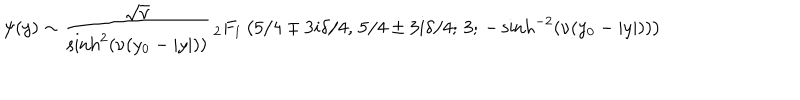
\psi ( y ) \sim \frac { \sqrt { \nu } } { \sinh ^ { 2 } \left( \nu ( y _ { 0 } - | y | ) \right) } { \, } _ { 2 } F _ { 1 } \left( 5 / 4 \mp 3 i \delta / 4 , \, 5 / 4 \pm 3 i \delta / 4 ; \, 3 ; \, - \sinh ^ { - 2 } \left( \nu ( y _ { 0 } - | y | ) \right) \right)